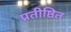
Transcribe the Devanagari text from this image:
प्रतीष्ठित